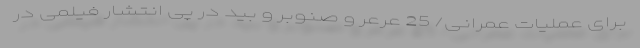
برای عملیات عمرانی/ 25 عَرعَر و صنوبر و بید در پی انتشار فیلمی در